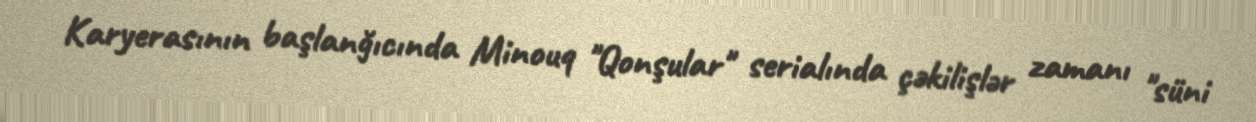
Karyerasının başlanğıcında Minouq "Qonşular" serialında çəkilişlər zamanı "süni